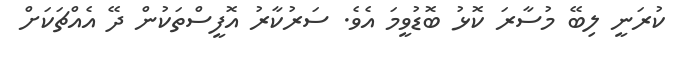
ކުރަނީ ލިބޭ މުސާރަ ކޮޅު ބޮޑުވީމަ އެވެ. ސަރުކާރު އޮފީސްތަކުން ދޭ އެއްޗަކަށް